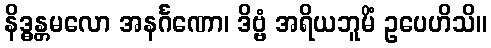
နိဒ္ဓန္တမလော အနင်္ဂဏော၊ ဒိဗ္ဗံ အရိယဘူမိံ ဥပေဟိသိ။